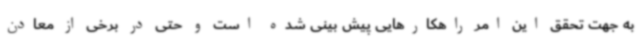
به جهت تحقق این امر راهکارهایی پیش بینی شده است و حتی در برخی از معادن